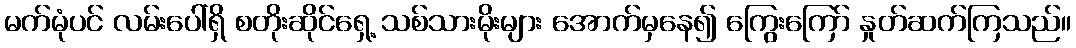
မက်မုံပင် လမ်းပေါ်ရှိ စတိုးဆိုင်ရှေ့ သစ်သားမိုးများ အောက်မှနေ၍ ကြွေးကြော် နှုတ်ဆက်ကြသည်။